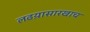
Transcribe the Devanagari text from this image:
लढय़ासारखाच